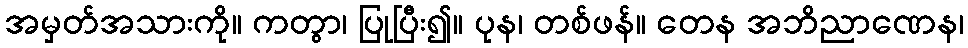
အမှတ်အသားကို။ ကတွာ၊ ပြုပြီး၍။ ပုန၊ တစ်ဖန်။ တေန အဘိညာဏေန၊